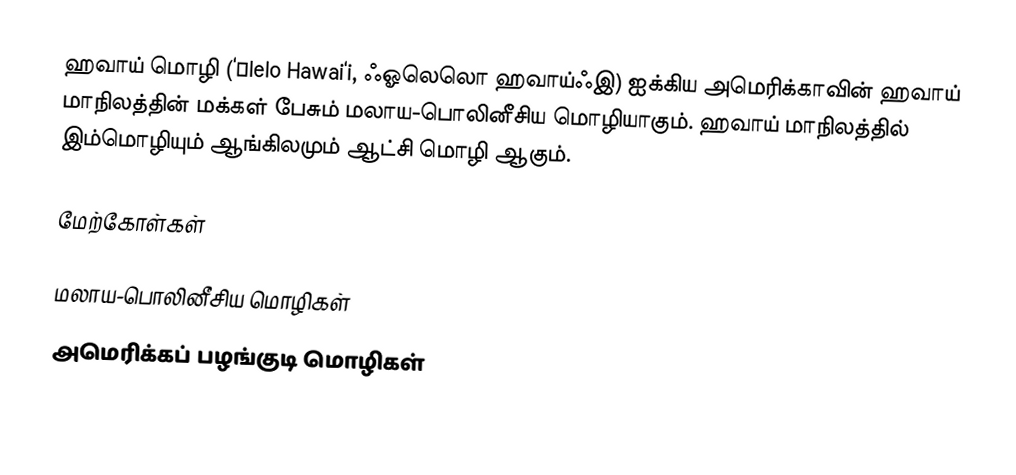
ஹவாய் மொழி (‘Ōlelo Hawai‘i, ஃஓலெலொ ஹவாய்ஃஇ) ஐக்கிய அமெரிக்காவின் ஹவாய் மாநிலத்தின் மக்கள் பேசும் மலாய-பொலினீசிய மொழியாகும். ஹவாய் மாநிலத்தில் இம்மொழியும் ஆங்கிலமும் ஆட்சி மொழி ஆகும்.

மேற்கோள்கள்

மலாய-பொலினீசிய மொழிகள்
அமெரிக்கப் பழங்குடி மொழிகள்